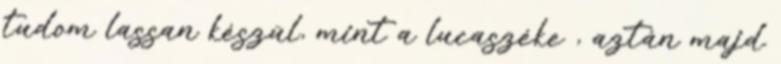
tudom lassan készül, mint a lucaszéke , aztán majd